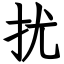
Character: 扰